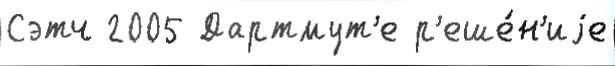
Сэтч 2005 Дартмут'е р'еше́н'иjе